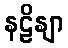
နဠိနျာ